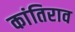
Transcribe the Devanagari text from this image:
कांतिराव